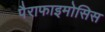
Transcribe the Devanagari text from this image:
पैराफाइमोसिस